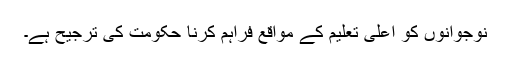
نوجوانوں کو اعلیٰ تعلیم کے مواقع فراہم کرنا حکومت کی ترجیح ہے۔